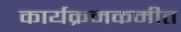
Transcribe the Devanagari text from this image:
कार्यक्रमकमीत